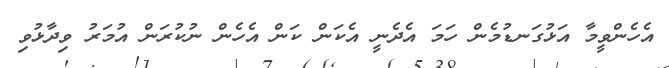
އެހެންވީމާ އަޅުގަނޑުމެން ހަމަ އެދެނީ އެކަން ކަން އެހެން ނުކުރަން އުމަރު ވިދާޅުވި